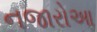
નજારોઆ